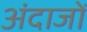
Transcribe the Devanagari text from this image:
अंदाजों